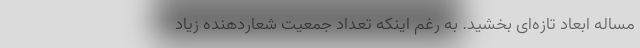
مساله ابعاد تازه‌ای بخشید. به رغم اینکه تعداد جمعیت شعاردهنده زیاد